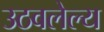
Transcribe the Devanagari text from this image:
उठवलेल्य